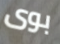
بوى